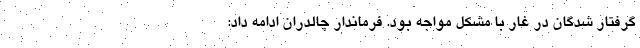
گرفتار شدگان در غار با مشکل مواجه بود. فرماندار چالدران ادامه داد: